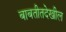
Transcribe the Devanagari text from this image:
बाबतीतदेखील